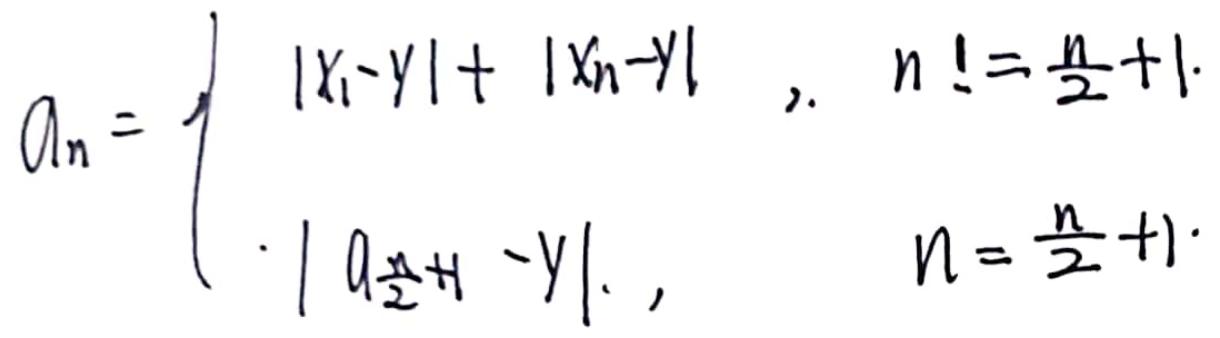
\[ a_{n}= \begin{cases}
|x_{1}-y|+|x_{n}-y|, & n\neq\frac{n}{2}+1 \\
|a_{\frac{n}{2}+1}-y|, & n = \frac{n}{2}+1
\end{cases} \]